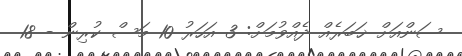
ސަންއަށް ޚަބަރެއް ދެއްވުމަށް: 3 އަހަރު 10 މަސް ކުރިން - 18